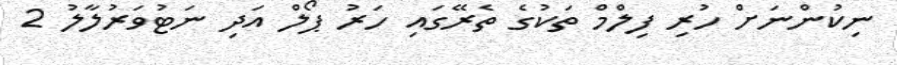
ނިކުންނަށް ހުރި ފިލްމް ތަކުގެ ތެރޭގައި ހަރު ޕޯލް އަދި ނަޓުވަރުލާލު 2